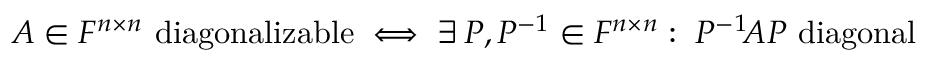
A \in F ^ { n \times n } { \mathrm { ~ d i a g o n a l i z a b l e } } \iff \exists \, P , P ^ { - 1 } \in F ^ { n \times n } : \; P ^ { - 1 } \! A P { \mathrm { ~ d i a g o n a l } }